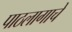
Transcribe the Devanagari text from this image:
पाठलागाचे